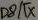
Text: D8/TX